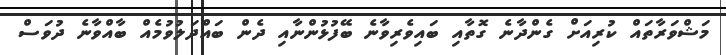
މަޝްވަރާތައް ކުރިއަށް ގެންދާނެ ގޮތާއި ބައިވެރިވާނެ ބޭފުޅުންނާއި ދެން ބައްދަލުވުމެއް ބާއްވާނެ ދުވަސް